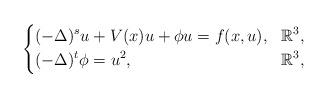
LaTeX: \begin{align*} \left\{ \aligned &(-\Delta)^{s} u+V(x)u+ \phi u=f(x,u), &\mathbb{R}^3,\\ &(-\Delta)^{t} \phi=u^2, &\mathbb{R}^3,\\ \endaligned \right.\end{align*}